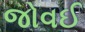
જોવઈ